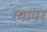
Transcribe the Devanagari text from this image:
त्यापर